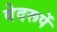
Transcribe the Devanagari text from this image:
वेदरूपें